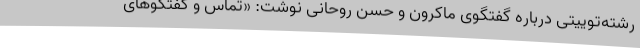
رشته‌توییتی درباره گفتگوی ماکرون و حسن روحانی نوشت: «تماس و گفتگوهای